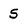
Character: S